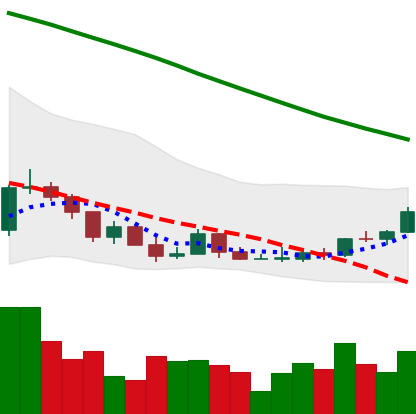
Ticker: ADA-USD
Chart end date: 2022-03-19
Forward return: 25.404%
Label: up_7plus